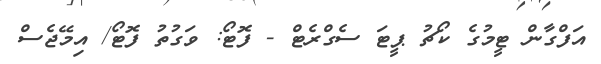
އަފްގާން ޓީމުގެ ކޯޗު ޕީޓަ ސެގްރެޓް - ފޮޓޯ: ވަގުތު ފޮޓޯ/ އިމޭޖެސް